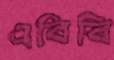
এবিবি